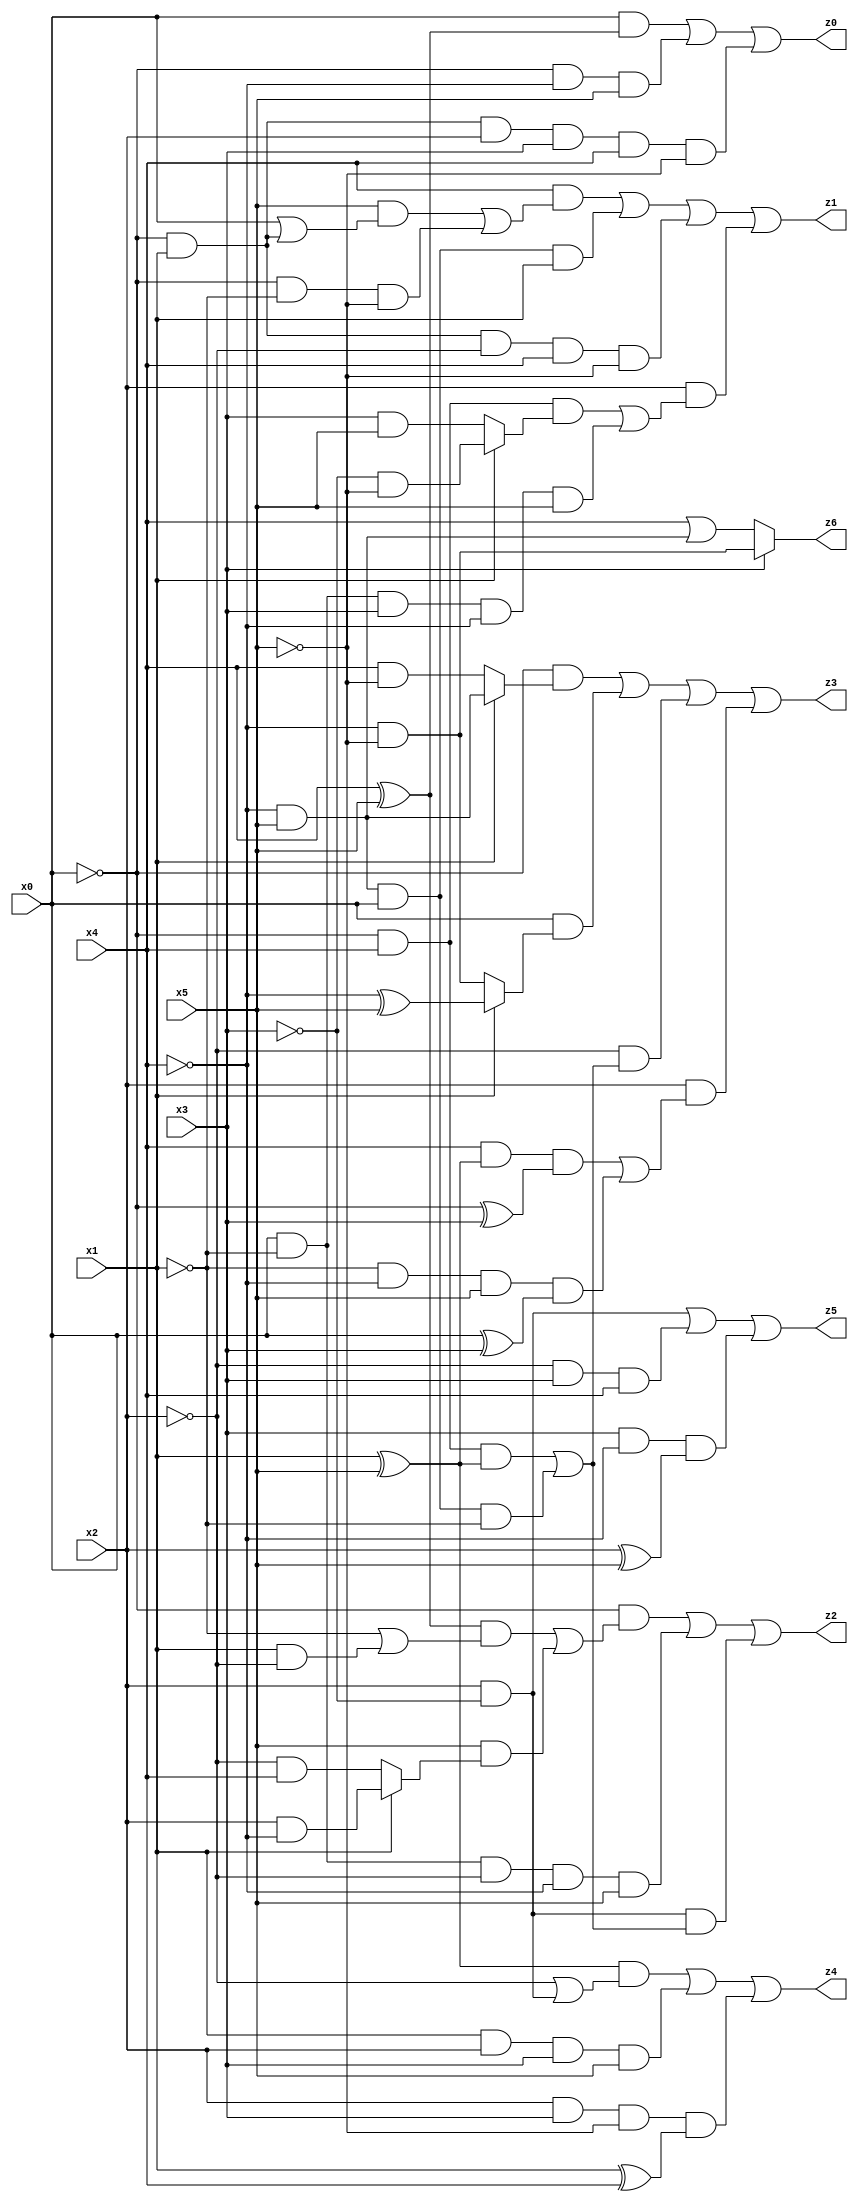
// Benchmark "X_10" written by ABC on Wed Jun 07 16:13:28 2023

module X_10 ( 
    x0, x1, x2, x3, x4, x5,
    z0, z1, z2, z3, z4, z5, z6  );
  input  x0, x1, x2, x3, x4, x5;
  output z0, z1, z2, z3, z4, z5, z6;
  assign z0 = (x0 & (x4 ^ x5)) | (~x0 & ~x4 & x5) | (~x0 & x1 & x2 & x3 & x4 & ~x5);
  assign z1 = (x4 & ((x5 & (x0 | (~x0 & x1))) | (~x0 & ~x1 & ~x5))) | (~x4 & x5 & x0 & x1) | (~x0 & x1 & ~x2 & x4 & ~x5) | (x2 & ((~x0 & x4 & (x1 ? (~x3 & ~x5) : (x3 & x5))) | (x0 & ~x1 & x3 & ~x4 & x5)));
  assign z2 = (~x0 & (((x4 ^ x5) & (~x1 | (x1 & ~x2))) | (x5 & (x1 ? (x2 & ~x4) : (~x2 & x4))))) | (x0 & ~x1 & ~x2 & ~x4 & x5) | (x2 & ~x3 & ((~x0 & x4 & (x1 ^ x5)) | (~x4 & x5 & x0 & ~x1)));
  assign z3 = (~x0 & (x1 ? (~x4 & x5) : (x4 & ~x5))) | (x0 & (x1 ? (~x4 ^ x5) : (~x4 & ~x5))) | (~x2 & ((~x0 & x4 & (x1 ^ x5)) | (~x4 & x5 & x0 & ~x1))) | (x2 & ((x4 & (x1 ^ x5) & (~x0 ^ x3)) | (~x1 & ~x4 & x5 & (x0 ^ x3))));
  assign z4 = ((x1 ^ x5) & (~x2 | (x2 & ~x3))) | (x1 & x2 & x3 & x5) | (x2 & x3 & ~x5 & (x1 ^ x4));
  assign z5 = (x2 & ~x3) | (~x2 & x3 & x4) | (x3 & ~x4 & (x2 ^ x5));
  assign z6 = x3 ? (~x4 & ~x5) : (x4 | (~x4 & x5));
endmodule